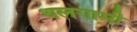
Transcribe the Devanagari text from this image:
थलगामी